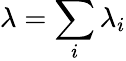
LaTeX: \lambda=\sum_{i}\lambda_{i}